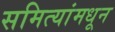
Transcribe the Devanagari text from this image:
समित्यांमधून